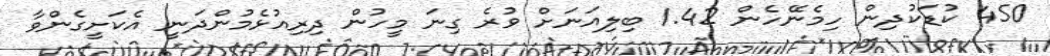
450 ކުޑަކުދިން ހިމެނޭހެން 1.42 ބިލިއަނަށް ވުރެ ގިނަ މީހުން ދިރިއުޅެމުންދަނީ އެކަށީގެންވާ